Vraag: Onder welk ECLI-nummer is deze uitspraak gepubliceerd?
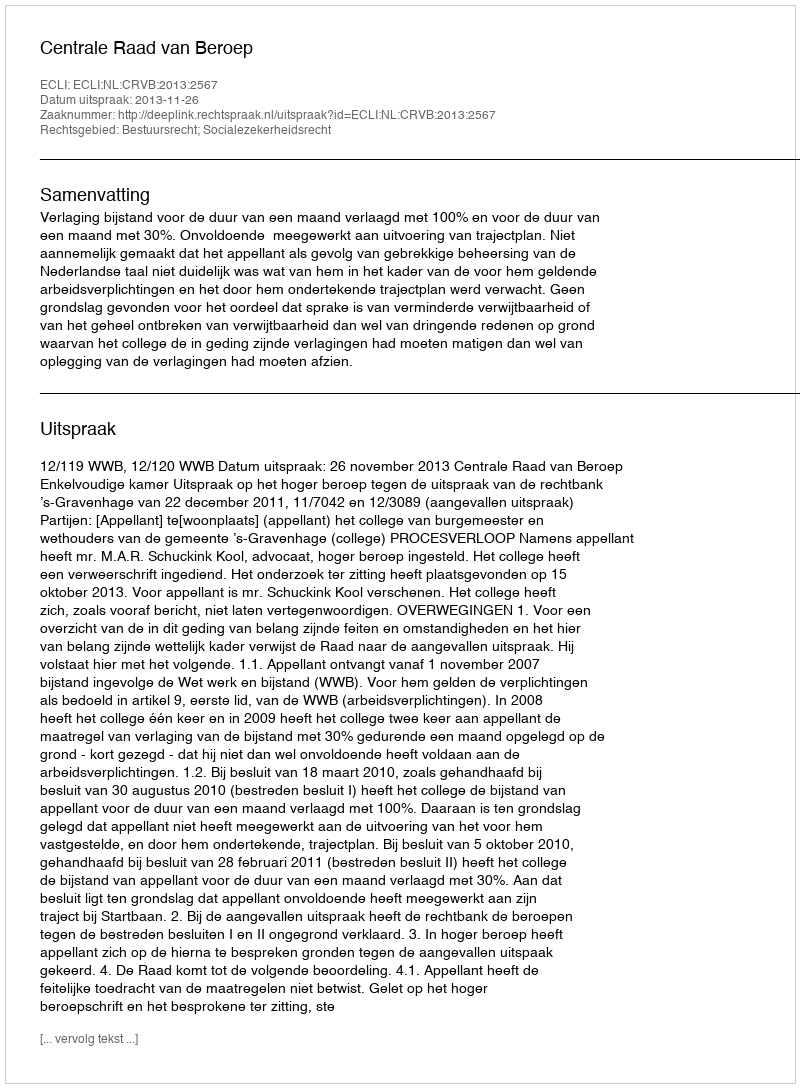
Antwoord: ECLI:NL:CRVB:2013:2567